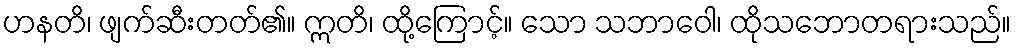
ဟနတိ၊ ဖျက်ဆီးတတ်၏။ ဣတိ၊ ထို့ကြောင့်။ သော သဘာဝေါ၊ ထိုသဘောတရားသည်။